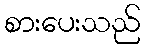
စားပေးသည်